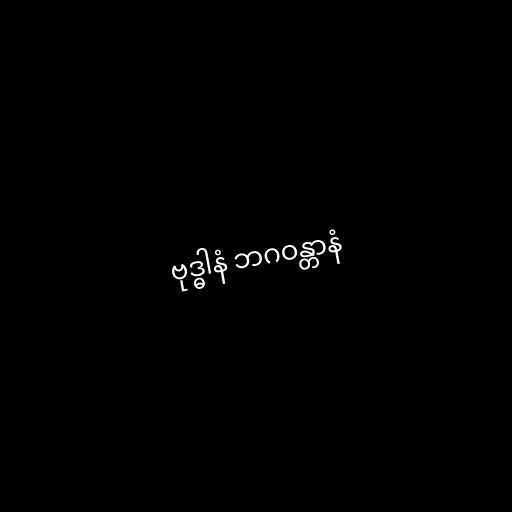
ဗုဒ္ဓါနံ ဘဂဝန္တာနံ